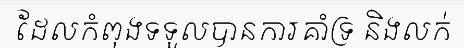
ដែលកំពុងទទួលបានការគាំទ្រ និងលក់